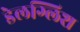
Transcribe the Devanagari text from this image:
डेलग्लिश